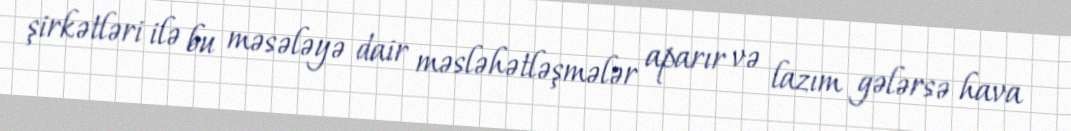
şirkətləri ilə bu məsələyə dair məsləhətləşmələr aparır və lazım gələrsə hava